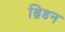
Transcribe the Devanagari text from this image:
ब्रिडन